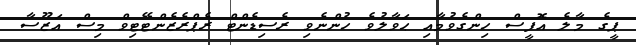
ޕީގެ މާލެ އޮފީސް ހިންގެވުމާއި ޙަވާލުވެ ހުންނެވި ރެސިޑެންޓް ރެޕްރެޒެންޓޭޓިވް މިސް އަޒޫސާ